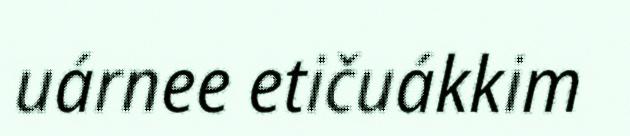
uárnee etičuákkim